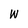
Character: W